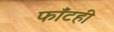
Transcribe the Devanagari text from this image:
फाँटही